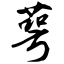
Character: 萼